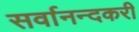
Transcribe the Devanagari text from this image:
सर्वानन्दकरी